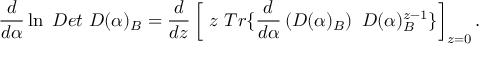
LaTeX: \frac d { d \alpha } \ln \ D e t ~ D ( \alpha ) _ { B } = \frac d { d z } \left[ \ z \ T r \{ \frac d { d \alpha } \left( D ( \alpha ) _ { B } \right) \ D ( \alpha ) _ { B } ^ { z - 1 } \} \right] _ { z = 0 } .